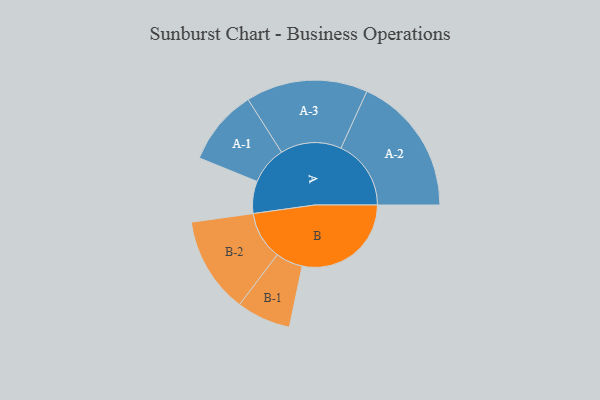
{"axis": {"x": "Segment", "y": "Value"}, "legend": ["", "A", "B"], "data": [{"x": "A", "y": 133, "type": ""}, {"x": "B", "y": 451, "type": ""}, {"x": "A-1", "y": 157, "type": "A"}, {"x": "A-2", "y": 290, "type": "A"}, {"x": "A-3", "y": 252, "type": "A"}, {"x": "B-1", "y": 112, "type": "B"}, {"x": "B-2", "y": 199, "type": "B"}]}